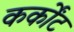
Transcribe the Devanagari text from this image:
कर्कोंट